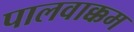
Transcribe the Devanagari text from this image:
पालवाक्कम